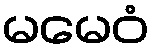
မမေဝံ